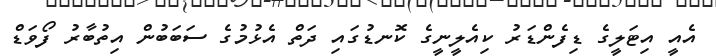
އެއީ އިޓަލީގެ ޑިފެންޑަރު ކިއެލީނީގެ ކޮނޑުގައި ދަތް އެޅުމުގެ ސަބަބުން އިތުބާރު ފޯވަޑް